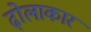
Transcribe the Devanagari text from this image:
ढ़ोलाकार